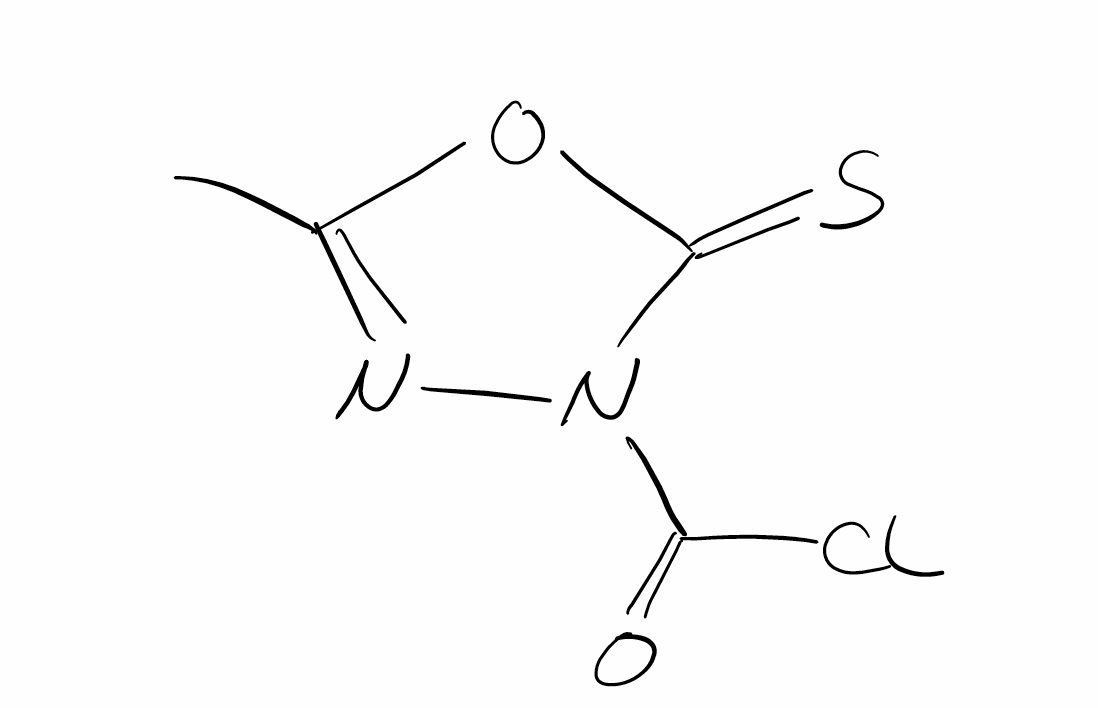
Simplified molecular-input line-entry system (SMILES) notation of the given molecule:
CC1=NN(C(=S)O1)C(=O)Cl